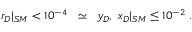
r _ { D } | _ { S M } < 1 0 ^ { - 4 } \; \; \simeq \; \; y _ { D } , \mathrm { \ } x _ { D } | _ { S M } \leq 1 0 ^ { - 2 } \; .